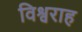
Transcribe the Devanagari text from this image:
विश्वराह